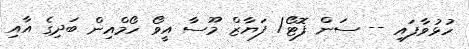
ހުޅުވާފައި -- ސަން ފޮޓޯ/ ފަޔާޒް މޫސާ އީވޯ ހޯމްއިން ބަދިގެ އާއި